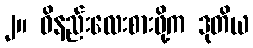
၂။ ဝိနည်းလေးစားဖို့က ဒုတိယ